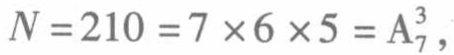
$N = 210 = 7\times6\times5 = A_{7}^{3},$